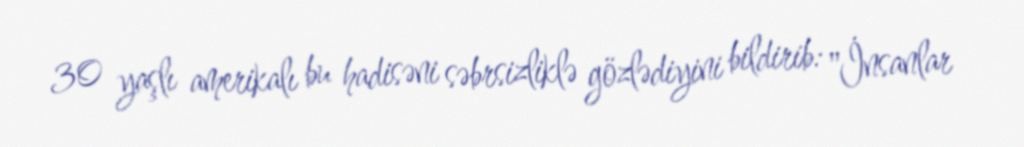
30 yaşlı amerikalı bu hadisəni səbrsizliklə gözlədiyini bildirib: "İnsanlar